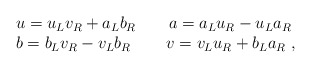
\begin{align*}\begin{array}{l}u=u_Lv_R+a_Lb_R\qquad a=a_Lu_R-u_La_R \\b=b_Lv_R-v_Lb_R\,\qquad v=v_Lu_R+b_La_R\,\,,\end{array}\end{align*}